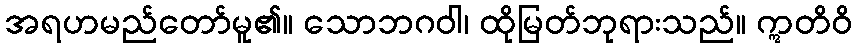
အရဟမည်တော်မူ၏။ သောဘဂဝါ၊ ထိုမြတ်ဘုရားသည်။ ဣတိဝိ